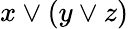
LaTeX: x\vee(y\vee z)